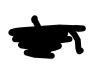
Text: in
Cross-out: scratch
Writing tool: digital_black